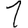
Digit: 1